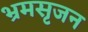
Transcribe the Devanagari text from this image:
भ्रमसृजन